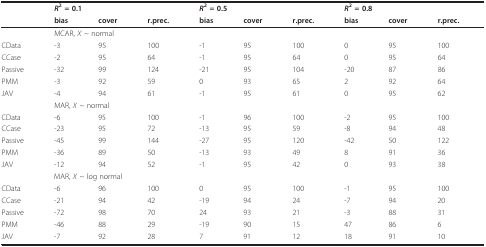
|  | <COLSPAN=3> R2 = 0.1 | <COLSPAN=3> R2 = 0.5 | <COLSPAN=3> R2 = 0.8 |
 |  | bias | cover | r.prec. | bias | cover | r.prec. | bias | cover | r.prec. |
 | --- | --- | --- | --- | --- | --- | --- | --- | --- | --- |
 |  | <COLSPAN=9> MCAR, X ~ normal |
 | CData | -3 | 95 | 100 | -1 | 95 | 100 | 0 | 95 | 100 |
 | CCase | -2 | 95 | 64 | -1 | 95 | 64 | 0 | 95 | 64 |
 | Passive | -32 | 99 | 124 | -21 | 95 | 104 | -20 | 87 | 86 |
 | PMM | -3 | 92 | 59 | 0 | 93 | 65 | 2 | 92 | 64 |
 | JAV | -4 | 94 | 61 | -1 | 95 | 61 | 0 | 95 | 62 |
 |  | <COLSPAN=9> MAR, X ~ normal |
 | CData | -6 | 95 | 100 | -1 | 96 | 100 | -2 | 95 | 100 |
 | CCase | -23 | 95 | 72 | -13 | 95 | 59 | -8 | 94 | 48 |
 | Passive | -45 | 99 | 144 | -27 | 95 | 120 | -42 | 50 | 122 |
 | PMM | -36 | 89 | 50 | -13 | 93 | 49 | 8 | 91 | 36 |
 | JAV | -12 | 94 | 52 | -1 | 95 | 42 | 0 | 93 | 38 |
 |  | <COLSPAN=9> MAR, X ~ log normal |
 | CData | -6 | 96 | 100 | 0 | 95 | 100 | -1 | 95 | 100 |
 | CCase | -21 | 94 | 42 | -19 | 94 | 24 | -7 | 94 | 20 |
 | Passive | -72 | 98 | 70 | 24 | 93 | 21 | -3 | 88 | 31 |
 | PMM | -46 | 88 | 29 | -19 | 90 | 15 | 47 | 86 | 6 |
 | JAV | -7 | 92 | 28 | 7 | 91 | 12 | 18 | 91 | 10 |